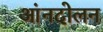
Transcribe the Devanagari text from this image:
आंनदोलन